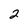
Character: 2